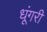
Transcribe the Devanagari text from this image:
धूंगरी